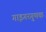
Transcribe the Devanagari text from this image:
गाइगरगुणक